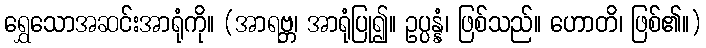
ရွှေသောအဆင်းအာရုံကို။ (အာရဗ္ဘ၊ အာရုံပြု၍။ ဥပ္ပန္နံ၊ ဖြစ်သည်။ ဟောတိ၊ ဖြစ်၏။)